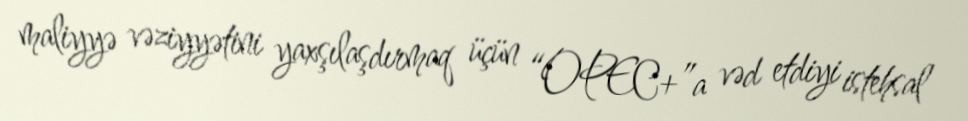
maliyyə vəziyyətini yaxşılaşdırmaq üçün “OPEC+”a vəd etdiyi istehsal